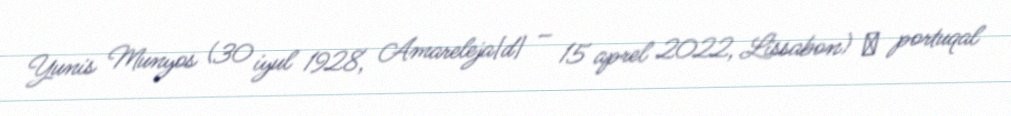
Yunis Munyos (30 iyul 1928, Amareleja[d] – 15 aprel 2022, Lissabon) ― portuqal